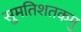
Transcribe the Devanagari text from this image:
सुमतिशतकमु